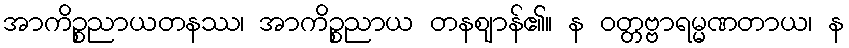
အာကိဉ္စညာယတနဿ၊ အာကိဉ္စညာယ တနဈာန်၏။ န ဝတ္တဗ္ဗာရမ္မဏတာယ၊ န